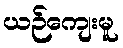
ယဉ်ကျေးမူ